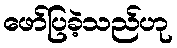
ဖော်ပြခဲ့သည်ဟု